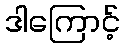
ဒါကြောင့်